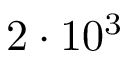
2 \cdot 1 0 ^ { 3 }